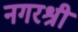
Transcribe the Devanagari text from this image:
नगरश्री